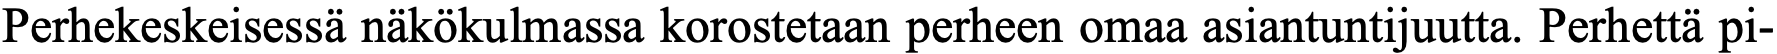
Perhekeskeisessä näkökulmassa korostetaan perheen omaa asiantuntijuutta. Perhettä pi-